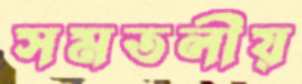
সমতলীয়